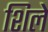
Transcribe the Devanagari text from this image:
शिले